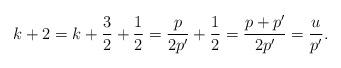
LaTeX: \begin{align*} k+2= k+\frac{3}{2}+\frac{1}{2}= \frac{p}{2p'}+\frac{1}{2} = \frac{p+p'}{2p'}=\frac{u}{p'}. \end{align*}